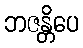
ဘဇန္တိပေ